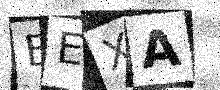
Text: EEXA